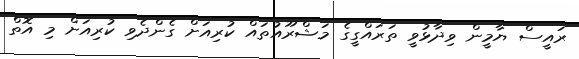
ރައީސް ޔާމީން ވިދާޅުވީ ތަރައްގީގެ މަޝްރޫއުތައް ކުރިއަށް ގެންދެވި ކުރިއަށް މި އޮތް